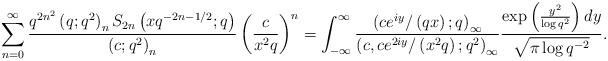
LaTeX: \begin{align*}\sum_{n=0}^{\infty}\frac{q^{2n^{2}}\left(q;q^{2}\right)_{n}S_{2n}\left(xq^{-2n-1/2};q\right)}{\left(c;q^{2}\right)_{n}}\left(\frac{c}{x^{2}q}\right)^{n}=\int_{-\infty}^{\infty}\frac{\left(ce^{iy}/\left(qx\right);q\right)_{\infty}}{\left(c,ce^{2iy}/\left(x^{2}q\right);q^{2}\right)_{\infty}}\frac{\exp\left(\frac{y^{2}}{\log q^{2}}\right)dy}{\sqrt{\pi\log q^{-2}}}.\end{align*}